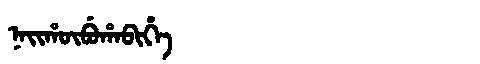
Manchu: ᠨᠠᡳᡥᡡᠪᡠᡥᠠᠪᡳᡥᡝ
Romanization: NAIHŪBUHABIHE